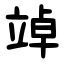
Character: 竨